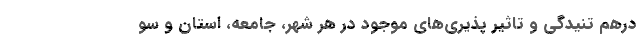
درهم تنیدگی و تاثیر پذیری‌های موجود در هر شهر، جامعه، استان و سو